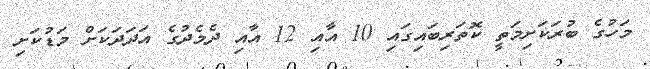
މަހުގެ ބުރަކަށިމަތީ ކޮތަރިބައިގައި 10 އާއި 12 އާއި ދެމެދުގެ އަދަދަކަށް މަޑުކަށި